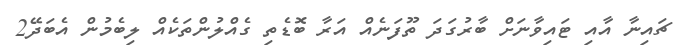
ޗައިނާ އާއި ޓައިވާނަށް ބާރުގަދަ ތޫފަނެއް އަރާ ބޮޑެތި ގެއްލުންތަކެއް ލިބެމުން އެބަދޭ2